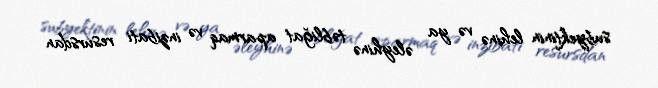
subyektinin lehinə və ya əleyhinə təbliğat aparmaq və inzibati resursdan